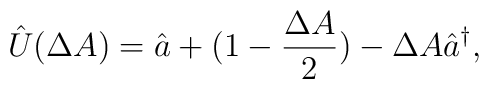
\hat{U}(\Delta A)=\hat a+(1-\frac{\Delta A}{2})-\Delta A \hat a^{\dag},